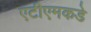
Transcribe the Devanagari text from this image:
एटीएमकडे